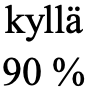
kyllä 90 %